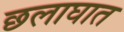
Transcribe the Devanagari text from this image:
छलाघात